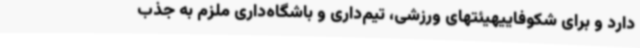
دارد و برای شکوفاییهیئتهای ورزشی، تیم‌داری و باشگاه‌داری ملزم به جذب